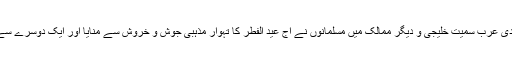
تفصیلات کے مطابق سعودی عرب سمیت خلیجی و دیگر ممالک میں مسلمانوں نے آج عید الفطر کا تہوار مذہبی جوش و خروش سے منایا اور ایک دوسرے سے اپنی محبت کا اظہار کیا۔